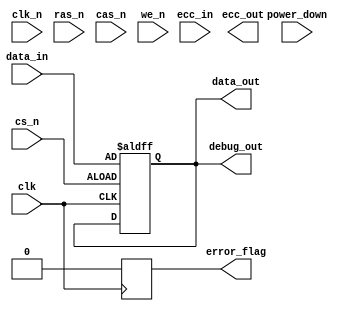
module gddr5x_io_block (
    input wire clk,            // Differential clock input (CK)
    input wire clk_n,          // Differential clock input (CK#)
    input wire [63:0] data_in, // Data input (64 bits)
    output wire [63:0] data_out,// Data output (64 bits)
    input wire cs_n,           // Chip Select (CS#)
    input wire ras_n,          // Row Address Strobe (RAS#)
    input wire cas_n,          // Column Address Strobe (CAS#)
    input wire we_n,           // Write Enable (WE#)
    output wire error_flag,     // Error flag for ECC
    output wire [63:0] ecc_out, // ECC output
    input wire [63:0] ecc_in,   // ECC input for error checking
    input wire power_down,      // Power down control
    output wire [63:0] debug_out // Debug output
);

    // Parameters
    parameter DATA_WIDTH = 64;
    parameter ADDR_WIDTH = 15; // Example address width
    parameter ECC_WIDTH = 8;    // Example ECC width

    // Internal signals
    reg [DATA_WIDTH-1:0] data_buffer;
    reg [ECC_WIDTH-1:0] ecc_buffer;
    reg error_detected;

    // Clock gating logic
    wire clk_enable;
    assign clk_enable = ~power_down; // Enable clock when not in power down

    // Input buffer for data
    always @(posedge clk or negedge cs_n) begin
        if (!cs_n) begin
            data_buffer <= data_in; // Capture data on chip select
        end
    end

    // Output buffer for data
    assign data_out = data_buffer;

    // ECC logic (simplified)
    always @(posedge clk) begin
        // ECC generation/checking logic (placeholder)
        ecc_buffer <= generate_ecc(data_buffer); // Generate ECC from data
        error_detected <= check_ecc(data_buffer, ecc_in); // Check ECC
    end

    // Error flag output
    assign error_flag = error_detected;

    // Debug output (placeholder)
    assign debug_out = {error_detected, data_buffer[DATA_WIDTH-1:0]};

    // Clock management and state machine (simplified)
    always @(posedge clk or negedge cs_n) begin
        if (!cs_n) begin
            // Reset state machine or perform initialization
        end else if (clk_enable) begin
            // State machine logic for read/write operations
            // Implement burst mode, command handling, etc.
        end
    end

    // Function to generate ECC (placeholder)
    function [ECC_WIDTH-1:0] generate_ecc(input [DATA_WIDTH-1:0] data);
        // ECC generation logic
        generate_ecc = 8'h00; // Placeholder
    endfunction

    // Function to check ECC (placeholder)
    function check_ecc(input [DATA_WIDTH-1:0] data, input [ECC_WIDTH-1:0] ecc);
        // ECC checking logic
        check_ecc = 1'b0; // Placeholder
    endfunction

endmodule